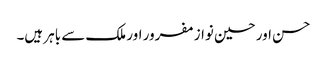
حسن اور حسین نواز مفرور اور ملک سے باہر ہیں۔